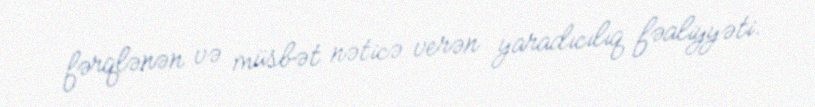
fərqlənən və müsbət nəticə verən yaradıcılıq fəaliyyəti.